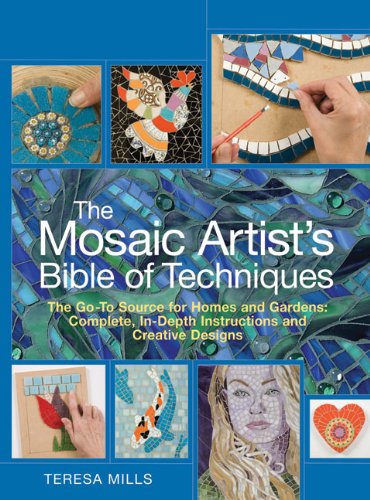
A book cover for The Mosaic Artist's Bible of Techniques: The Go-To Source for Homes and Gardens: Complete, In-Depth Instructions and Creative Designs; Teresa Mills; Crafts, Hobbies & Home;